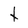
Character: t